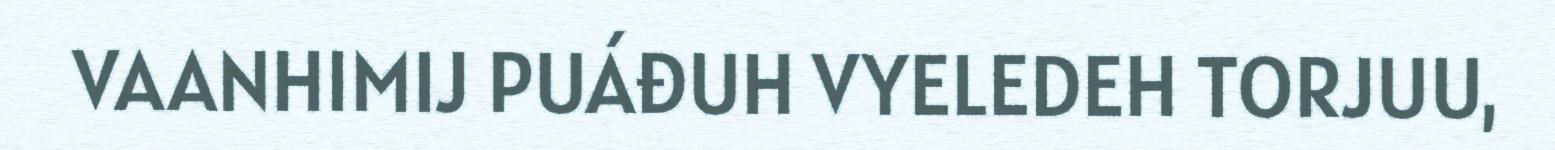
VAANHIMIJ PUÁĐUH VYELEDEH TORJUU,